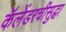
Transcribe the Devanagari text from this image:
कॅलेंडरचीसुद्घा